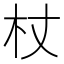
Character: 杖